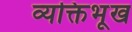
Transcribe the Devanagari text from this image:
व्यक्तिभूख